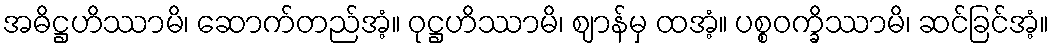
အဓိဋ္ဌဟိဿာမိ၊ ဆောက်တည်အံ့။ ဝုဋ္ဌဟိဿာမိ၊ ဈာန်မှ ထအံ့။ ပစ္စဝက္ခိဿာမိ၊ ဆင်ခြင်အံ့။